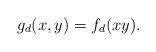
LaTeX: \begin{align*}g_d(x,y)=f_d(xy).\end{align*}